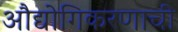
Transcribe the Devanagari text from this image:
औद्योगिकरणाची